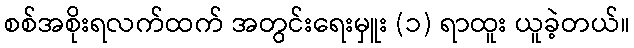
စစ်အစိုးရလက်ထက် အတွင်းရေးမှူး (၁) ရာထူး ယူခဲ့တယ်။